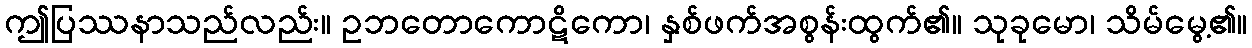
ဤပြဿနာသည်လည်း။ ဥဘတောကောဋိကော၊ နှစ်ဖက်အစွန်းထွက်၏။ သုခုမော၊ သိမ်မွေ့၏။